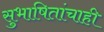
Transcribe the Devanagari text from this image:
सुभाषितांचाही